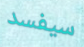
سيفسد